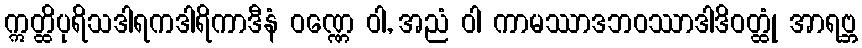
ဣတ္ထိပုရိသဒါရကဒါရိကာဒီနံ ဝဏ္ဏေ ဝါ, အညံ ဝါ ကာမဿာဒဘဝဿာဒါဒိဝတ္ထုံ အာရဗ္ဘ